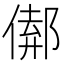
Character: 𨝈